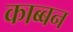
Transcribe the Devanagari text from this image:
काब्बन